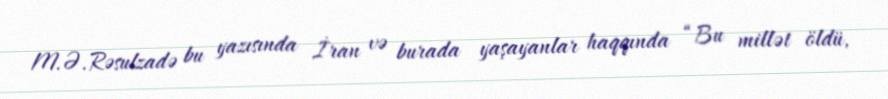
M.Ə.Rəsulzadə bu yazısında İran və burada yaşayanlar haqqında “Bu millət öldü,